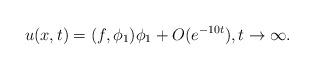
LaTeX: \begin{align*}u(x, t) = (f, \phi_1)\phi_1 + O(e^{-10t}), t \to \infty.\end{align*}